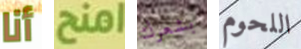
أنا امنح بشعرك اللحوم